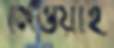
মেওয়াই